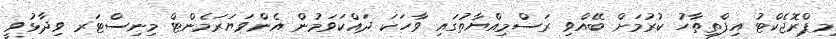
މިޕްރޮޖެކްޓު އިފްތިތާހު ކުރުމަށް ބޭއްވި ރަސްމިއްޔާތުގައި ވާހަކަ ދައްކަވަމުން އެންވަޔަރަމެންޓް މިނިސްޓަރ ވިދާޅުވީ